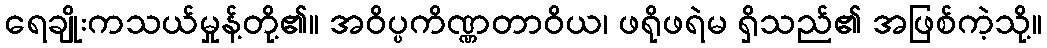
ရေချိုးကသယ်မှုန့်တို့၏။ အဝိပ္ပကိဏ္ဏတာဝိယ၊ ဖရိုဖရဲမ ရှိသည်၏ အဖြစ်ကဲ့သို့။